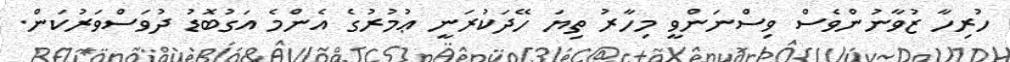
ހުރިހާ ޒުވާނުންވެސް ވިސްނަންވީ މިހާރު ތިޔަ ހޭދަކުރަނީ ޢުމުރުގެ އެންމެ އަގުބޮޑު ދުވަސްވަރުކަން.